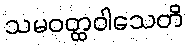
သမဝတ္ထဝါသေတိ